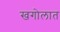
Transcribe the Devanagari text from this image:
खगोलात